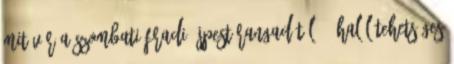
Mit vár a szombati Fradi-Újpest rangadótól? - Halál tehetséges